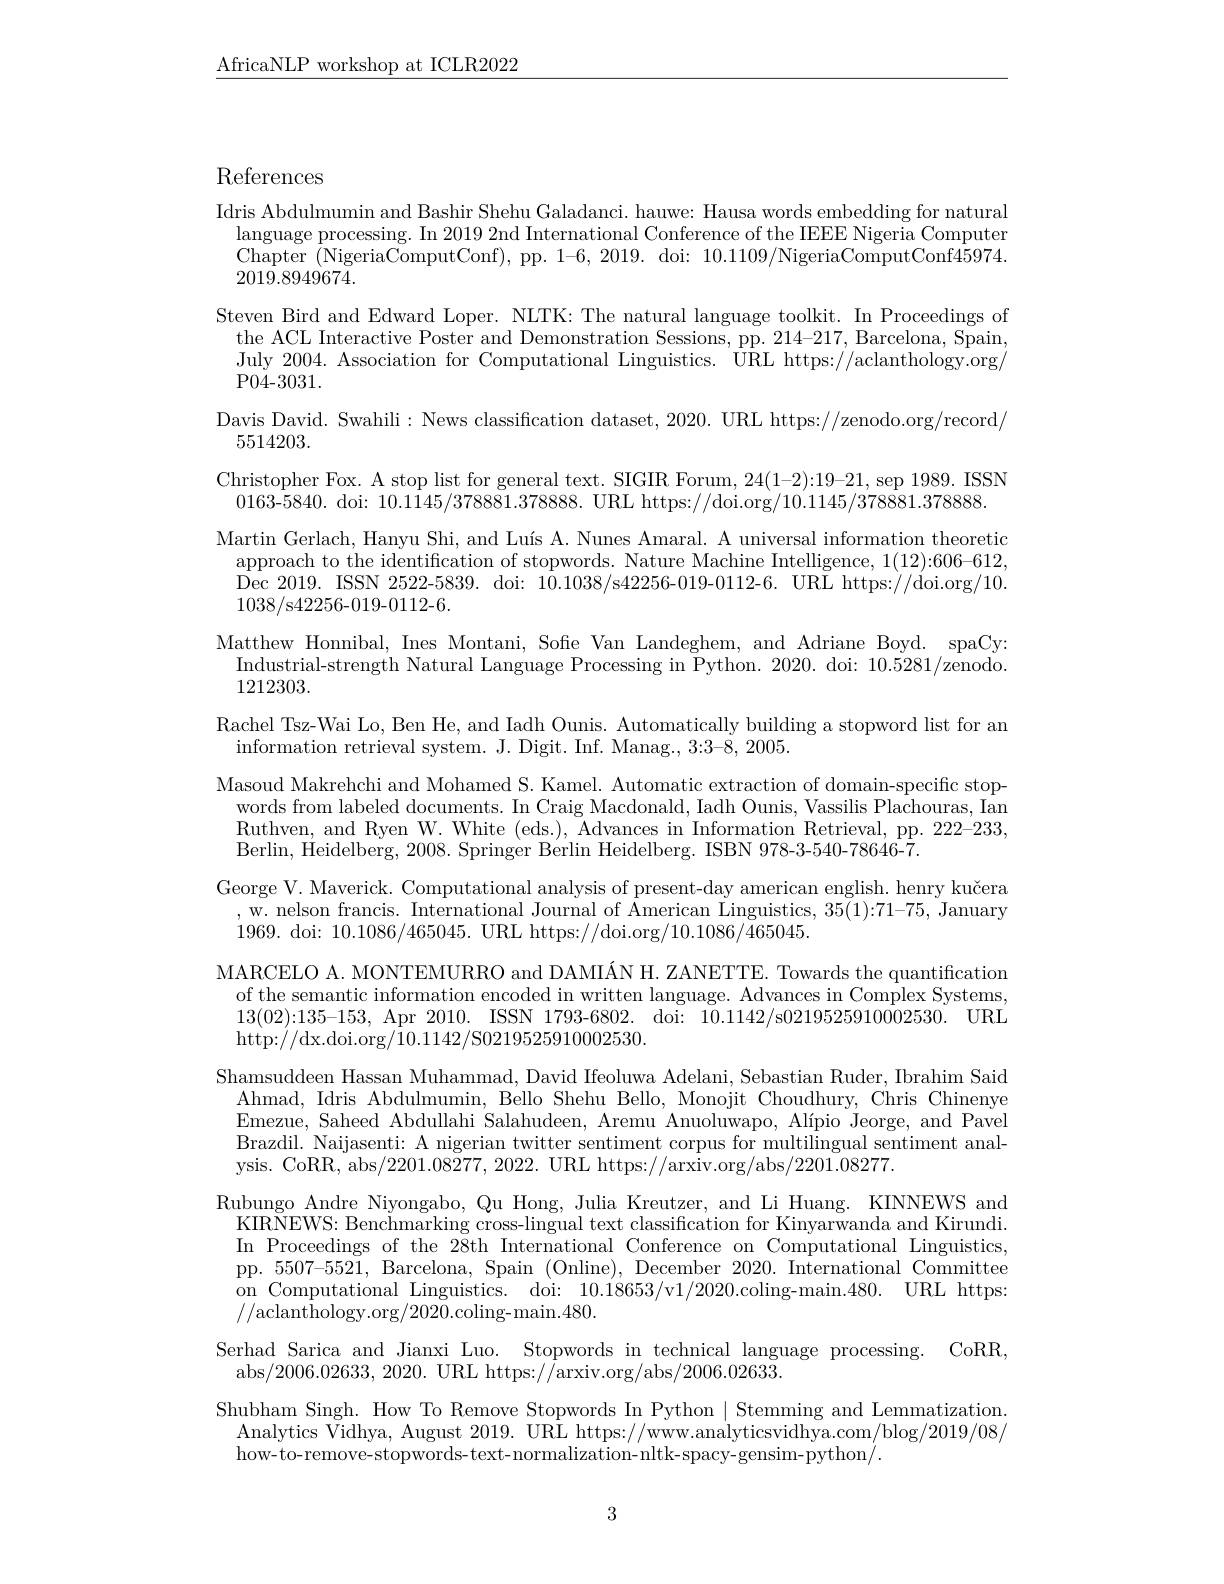
$\underline{\mathrm{AfricaNLP~workshop~at~ICLR2022}}$

References

Idris Abdulmumin and Bashir Shehu Galadanci. hauwe: Hausa words embedding for natural
language processing. In 2019 2nd International Conference of the IEEE Nigeria Computer Chapter (NigeriaComputConf), pp. 1-6, 2019. doi: 10.1109/NigeriaComputConf45974. 2019.8949674.
Steven Bird and Edward Loper. NLTK: The natural language toolkit. In Proceedings of
the ACL Interactive Poster and Demonstration Sessions, pp. 214-217, Barcelona, Spain, July 2004. Association for Computational Linguistics. URL https://aclanthology.org/ ${\mathrm{P04-3031.}}$
Davis David. Swahili: News classification dataset, 2020. URL https://zenodo.org/record/
5514203.
Christopher Fox. A stop list
0163-5840. doi: 10.1145/3
Martin Gerlach, Hanyu Shi, a approach to the identificati Dec 2019. ISSN 2522-5839. do 1038/s42256-019-0112-6.
Matthew Honnibal, Ines Monta
Industrial-strength Natural
1212303.
Rachel Tsz-Wai Lo, Ben He, a
information retrieval system
Masoud Makrehchi and Mohamed
words from labeled documents Ruthven, and Ryen W. White (eds.), Advances in Information Retrieval, pp. 2222-233, Berlin, Heidelberg, 2008. Sp
George V. Maverick. Computational analysis of present-day american english. henry kučera , w. nelson francis. International Journal of American Linguistics, 35(1):71-75, January $$1969.$ doi: 10.1086/465045. URL https://doi.org/10.1086/\bar{4}65045.$
MARCELO A. MONTEMURRO and DAMIÁN H. ZANETTE. Towards the quantification
of the semantic information encoded in written language. Advances in Complex Systems, 13(02):135-153, Apr 2010. ISSN 1793-6802. doi: 10.1142/s0219525910002530. URL $http://dx.doi.org/10.1142/S0219525910002530.$
Shamsuddeen Hassan Muhammad, David Ifeoluwa Adelani, Sebastian Ruder, Ibrahim Said
Ahmad, Idris Abdulmumin, Bello Shehu Bello, Monojit Choudhury, Chris Chinenye Emezue, Saheed Abdullahi Salahudeen, Aremu Anuoluwapo, Alípio Jeorge, and Pavel Brazdil. Naijasenti: A nigerian twitter sentiment corpus for multilingual sentiment analysis. CoRR, abs/2201.08277, 2022. URL https://arxiv.org/abs/2201.08277.
Rubungo Andre Niyongabo, Qu Hong, Julia Kreutzer, and Li Huang. KINNEWS and KIRNEWS: Benchmarking cross-lingual text classification for Kinyarwanda and Kirundi. In Proceedings of the 28th International Conference on Computational Linguistics, pp. 5507-5521, Barcelona, Spain (Online), December 2020. International Committee on Computational Linguistics. doi: 10.18653/v1/2020.coling-main.480. URL https: $//{\mathrm{aclanthology.org}/2020.\mathrm{coling-main.480.}}$
Serhad Sarica and Jianxi Luo. Stopwords in technical language processing. CoRR,
abs/2006.02633, 2020. URL https://arxiv.org/abs/2006.02633.
Shubham Singh. How To Remove Stopwords In Python $\mid$Stemming and Lemmatization
Analytics Vidhya, August 2019. URL https://www.analyticsvidhya.com/blog/2019/08/
how-to-remove-stopwords-text-normalization-nltk-spacy-gensim-python/.

3